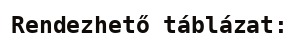
Rendezhető táblázat: